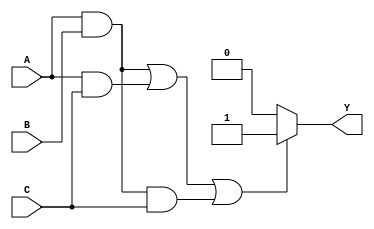
module voter_33(A,B,C,Y);
		input A,B,C; 
      output Y;
      reg Y;
   always@(A or B or C)
    if(A&B|A&C|A&B&C)                  //1
       Y=1;
    else 
       Y=0;
endmodule